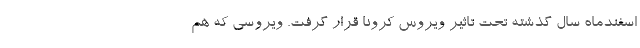
اسفندماه سال گذشته تحت تاثیر ویروس کرونا قرار گرفت. ویروسی که هم